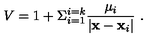
V = 1 + \Sigma _ { i = 1 } ^ { i = k } { \frac { \mu _ { i } } { | { \bf x } - { \bf x } _ { i } | } } \ .